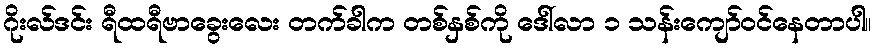
ဂိုးလ်ဒင်း ရီထရီဗာခွေးလေး တက်ခါက တစ်နှစ်ကို ဒေါ်လာ ၁ သန်းကျော်ဝင်နေတာပါ။